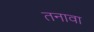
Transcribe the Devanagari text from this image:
तनावा